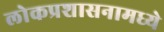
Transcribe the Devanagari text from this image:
लोकप्रशासनामध्ये